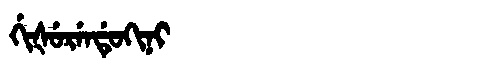
Manchu: ᡤᡳᡧᡠᡵᡝᠨᡩᡠᡴᡳᠨᡳ
Romanization: GIŠURENDUKINI